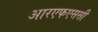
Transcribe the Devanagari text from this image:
आरएफएससी